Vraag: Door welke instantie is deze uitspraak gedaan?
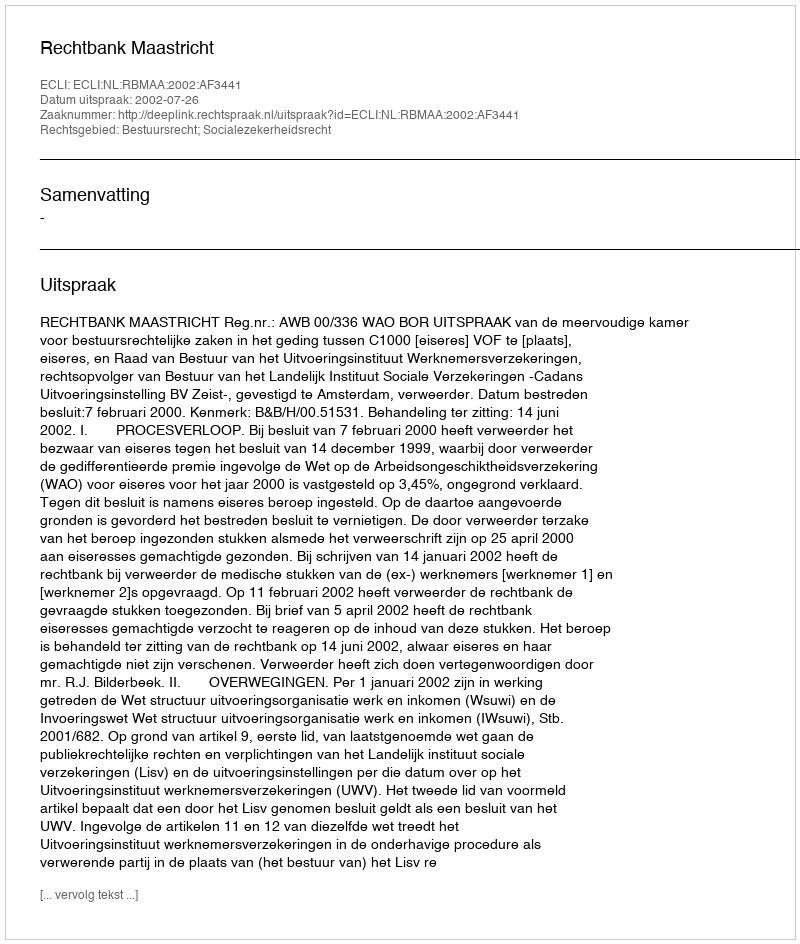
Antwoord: Rechtbank Maastricht